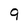
Character: 9